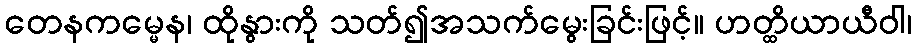
တေနကမ္မေန၊ ထိုနွားကို သတ်၍အသက်မွေးခြင်းဖြင့်။ ဟတ္ထိယာယီဝါ၊